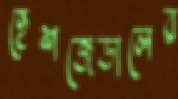
হেশজেডালের